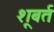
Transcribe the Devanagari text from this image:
शूबर्त